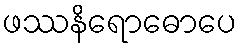
ဖဿနိရောဓောပေ